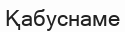
Қабуснаме